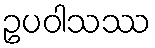
ဥပဝါသဿ